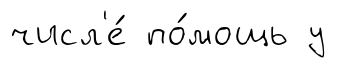
числ'е́ по́мощь у